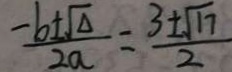
\frac { - b \pm \sqrt { \Delta } } { 2 a } = \frac { 3 \pm \sqrt { 1 7 } } { 2 }